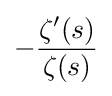
-{\frac {\zeta '(s)}{\zeta (s)}}